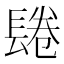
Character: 𨲏